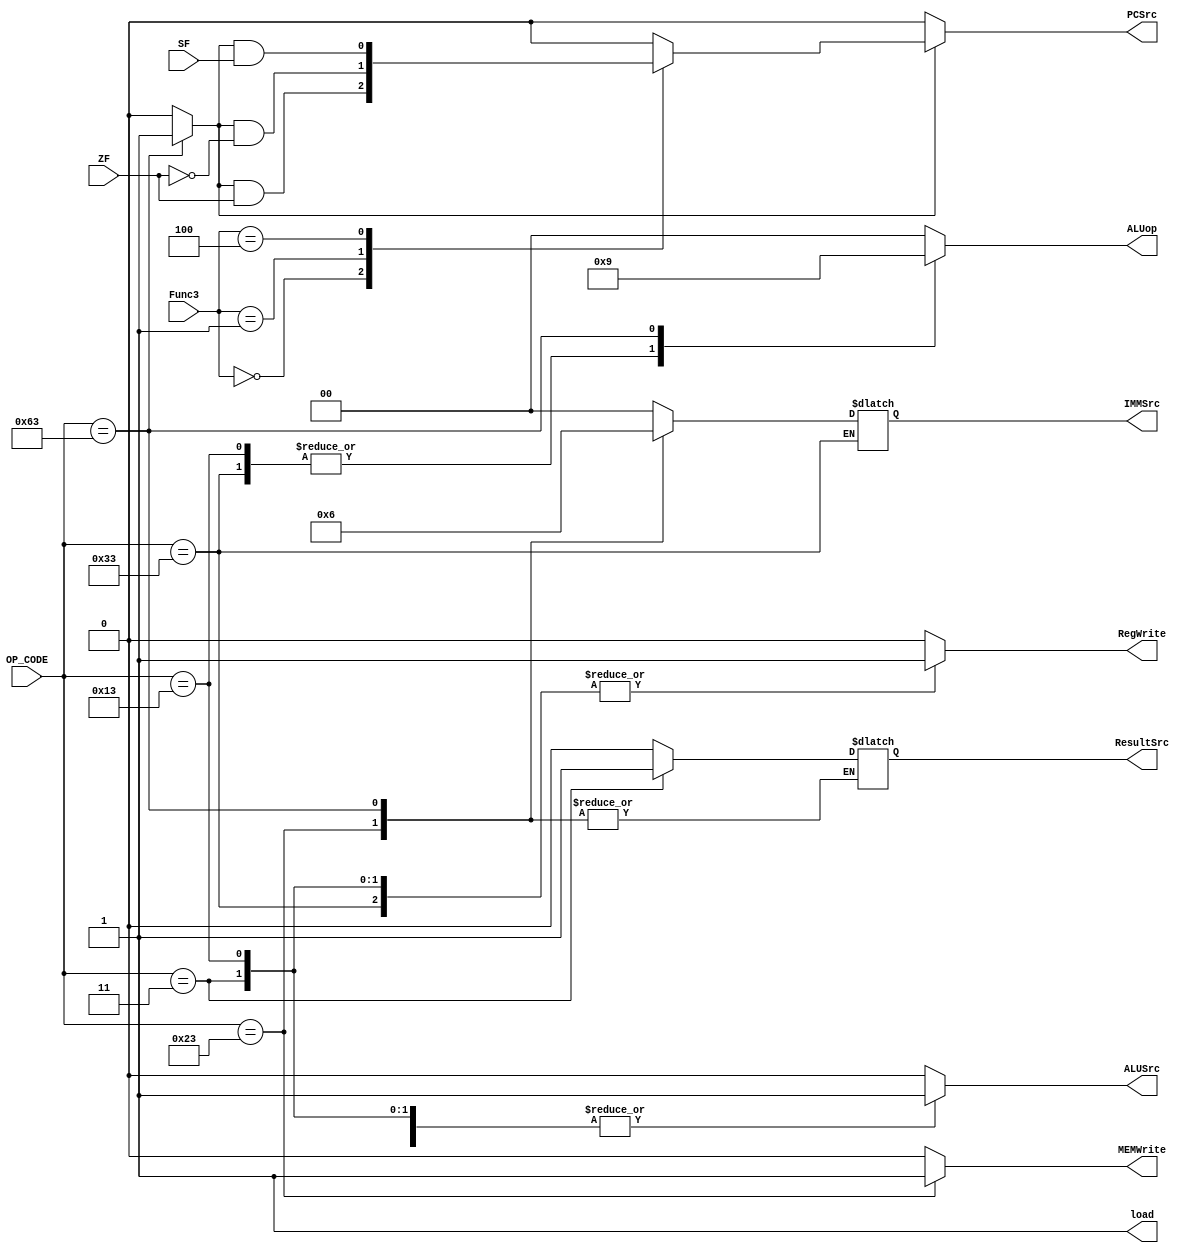
module Main_Decoder_RISC_ARCH(
input [6:0]OP_CODE,
input ZF,
input SF,
input [2:0]Func3 ,
output reg RegWrite,
output reg [1:0]IMMSrc,
output reg ALUSrc,
output reg MEMWrite,
output reg ResultSrc,
output reg PCSrc,
output load,
output reg [1:0]ALUop);

reg Branch;

always @(*)
begin
case (OP_CODE)
         7'b000_0011 : 
		 begin
		 RegWrite = 1;
		 IMMSrc = 2'b00;
		 ALUSrc = 1;
		 MEMWrite = 0;
		 ResultSrc = 1;
		 Branch = 0 ;
		 ALUop = 2'b00;
		 end
		 7'b010_0011 :
		 begin
		 RegWrite = 0;
		 IMMSrc = 2'b01;
		 ALUSrc = 1;
		 MEMWrite = 1;
		 Branch = 0 ;
		 ALUop = 2'b00;
		 end
		 7'b011_0011 :
		 begin
		 RegWrite = 1;
		 ALUSrc = 0;
		 MEMWrite = 0;
		 ResultSrc = 0;
		 Branch = 0 ;
		 ALUop = 2'b10;
		 end
		 7'b001_0011 :
		 begin 
		 RegWrite = 1;
		 IMMSrc = 2'b00;
		 ALUSrc = 1;
		 MEMWrite = 0;
		 ResultSrc = 0;
		 Branch = 0 ;
		 ALUop = 2'b10;
		 end
		 7'b1100011 :
		  begin
		 RegWrite = 0;
		 IMMSrc = 2'b10;
		 ALUSrc = 0;
		 MEMWrite = 0;
		 Branch = 1;
		 ALUop = 2'b01;
		 end
		 default : 
		  begin
		 RegWrite = 0;
		 IMMSrc = 2'b00;
		 ALUSrc = 0;
		 MEMWrite = 0;
		 ResultSrc = 0;
		 Branch = 0 ;
		 ALUop = 2'b00;
		 end
		 endcase
end

always @(*)
begin
if(Branch)
begin
      case(Func3)
         3'b000 : 
		 PCSrc = Branch & ZF ;
		 3'b001 : 
		 PCSrc = Branch & ~(ZF) ;
		 3'b100 :
		 PCSrc = Branch & SF ;
         default : 
		 PCSrc = 1'b0;
		 endcase
		 end
		 
		 else 
		 PCSrc = 1'b0; 
end
         assign load = 1'b1;
endmodule